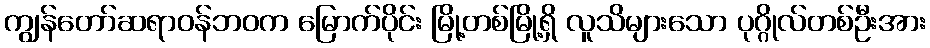
ကျွန်တော်ဆရာဝန်ဘဝက မြောက်ပိုင်း မြို့တစ်မြို့ရှိ လူသိများသော ပုဂ္ဂိုလ်တစ်ဦးအား